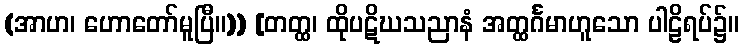
(အာဟ၊ ဟောတော်မူပြီ။)) [တတ္ထ၊ ထိုပဋိဃသညာနံ အတ္ထင်္ဂမာဟူသော ပါဠိရပ်၌။